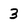
Character: 3